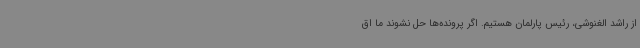
از راشد الغنوشی، رئیس پارلمان هستیم. اگر پرونده‌ها حل نشوند ما اق